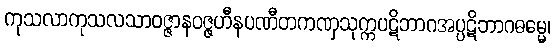
ကုသလာကုသလသာဝဇ္ဇာနဝဇ္ဇဟီနပဏီတကဏှသုက္ကပဋိဘာဂအပ္ပဋိဘာဂဓမ္မေ၊